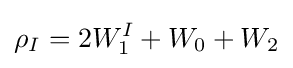
\rho _{I}=2W_{1}^{I}+W_{0}+W_{2}